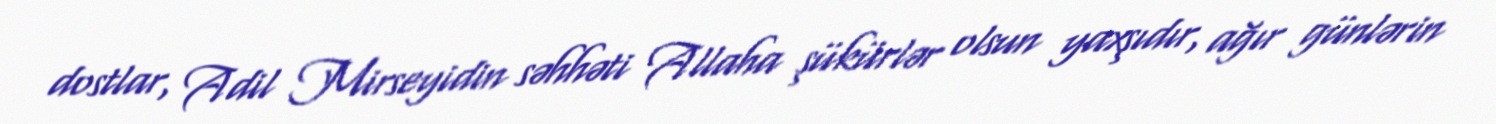
dostlar, Adil Mirseyidin səhhəti Allaha şükürlər olsun yaxşıdır, ağır günlərin